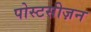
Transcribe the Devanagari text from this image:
पोस्टसीज़न